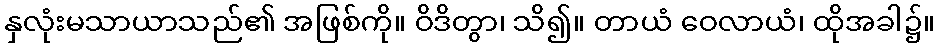
နှလုံးမသာယာသည်၏ အဖြစ်ကို။ ဝိဒိတွာ၊ သိ၍။ တာယံ ဝေလာယံ၊ ထိုအခါ၌။